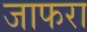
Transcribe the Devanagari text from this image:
जाफरा